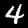
Digit: 4